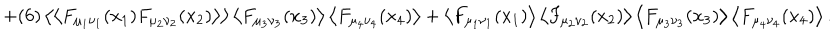
LaTeX: + ( 6 ) \left< \left< F _ { \mu _ { 1 } \nu _ { 1 } } ( x _ { 1 } ) F _ { \mu _ { 2 } \nu _ { 2 } } ( x _ { 2 } ) \right> \right> \left< F _ { \mu _ { 3 } \nu _ { 3 } } ( x _ { 3 } ) \right> \left< F _ { \mu _ { 4 } \nu _ { 4 } } ( x _ { 4 } ) \right> + \left< F _ { \mu _ { 1 } \nu _ { 1 } } ( x _ { 1 } ) \right> \left< F _ { \mu _ { 2 } \nu _ { 2 } } ( x _ { 2 } ) \right> \left< F _ { \mu _ { 3 } \nu _ { 3 } } ( x _ { 3 } ) \right> \left< F _ { \mu _ { 4 } \nu _ { 4 } } ( x _ { 4 } ) \right> .